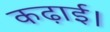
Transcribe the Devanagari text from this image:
कढ़ाई।